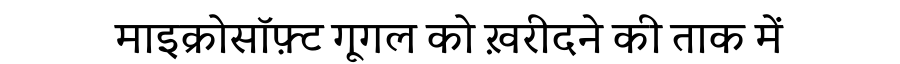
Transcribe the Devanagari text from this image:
माइक्रोसॉफ़्ट गूगल को ख़रीदने की ताक में